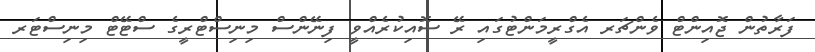
ފަރާތުން ޖޮއިންޓް ވެންޗަރ އެގްރީމަންޓުގައި ރޭ ސޮއިކުރެއްވީ ފިނޭންސް މިނިސްޓްރީގެ ސްޓޭޓް މިނިސްޓަރ